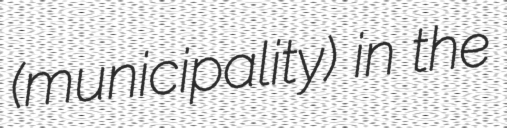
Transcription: (municipality) in the